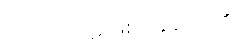
ကပ္ပိယကုဋိ ဖြစ်ပြန်သေး၏၊